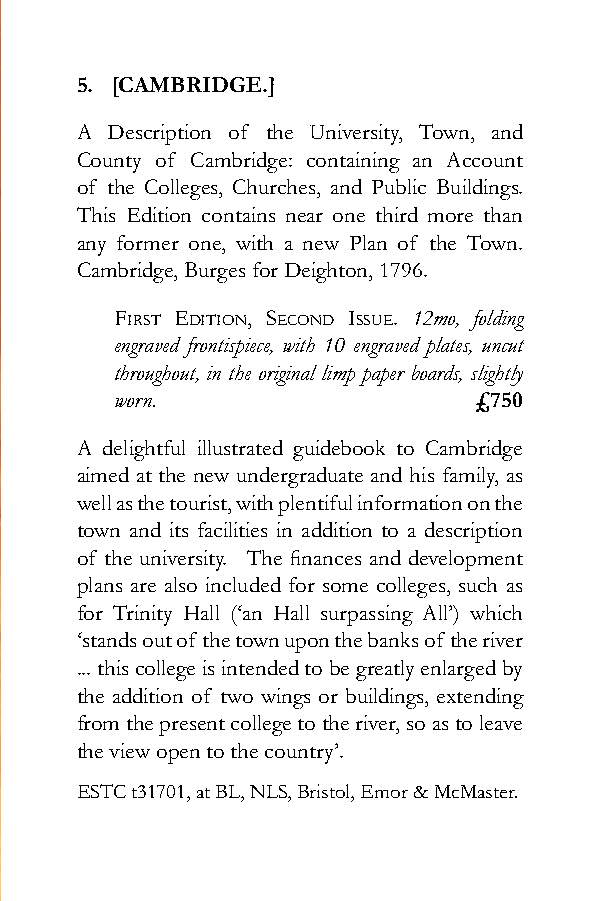
5. [CAMBRIDGE.]
 A Description of the University, Town, and
 County of Cambridge: containing an Account
 of the Colleges, Churches, and Public Buildings.
 This Edition contains near one third more than
 any former one, with a new Plan of the Town.
 Cambridge, Burges for Deighton, 1796.
 First Edition, sEcond issuE. 12mo, folding
 engraved frontispiece, with 10 engraved plates, uncut
 throughout, in the original limp paper boards, slightly
 worn.                  £750
 A delightful illustrated guidebook to Cambridge
 aimed at the new undergraduate and his family, as
 well as the tourist, with plentiful information on the
 town and its facilities in addition to a description
 of the university. The finances and development
 plans are also included for some colleges, such as
 for Trinity Hall (‘an Hall surpassing All’) which
 ‘stands out of the town upon the banks of the river
 ... this college is intended to be greatly enlarged by
 the addition of two wings or buildings, extending
 from the present college to the river, so as to leave
 the view open to the country’.
 ESTC t31701, at BL, NLS, Bristol, Emor & McMaster.